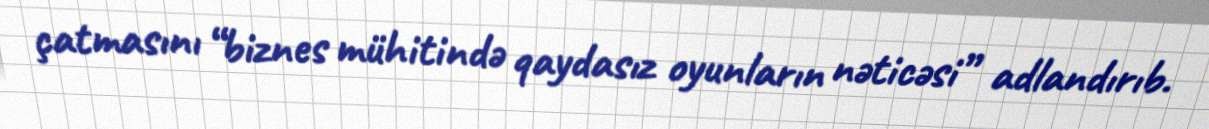
çatmasını “biznes mühitində qaydasız oyunların nəticəsi” adlandırıb.